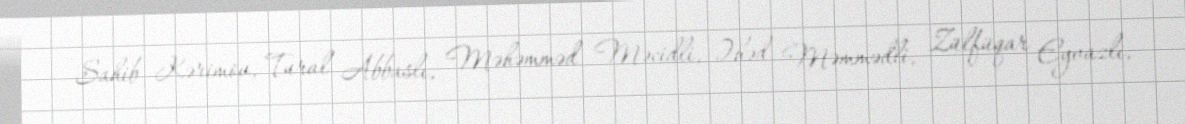
Sahib Kərimov, Tural Abbaslı, Məhəmməd Məcidli, Əhəd Məmmədli, Zülfüqar Eyvazlı,